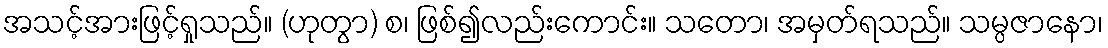
အသင့်အားဖြင့်ရှုသည်။ (ဟုတွာ) စ၊ ဖြစ်၍လည်းကောင်း။ သတော၊ အမှတ်ရသည်။ သမ္ပဇာနော၊